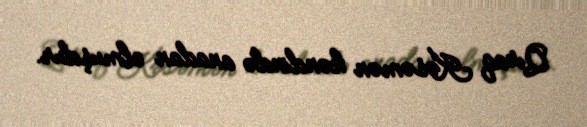
Qıraq Kəsəmən kəndində anadan olmuşdur.